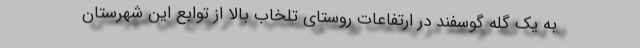
به یک گله گوسفند در ارتفاعات روستای تلخاب بالا از توابع این شهرستان